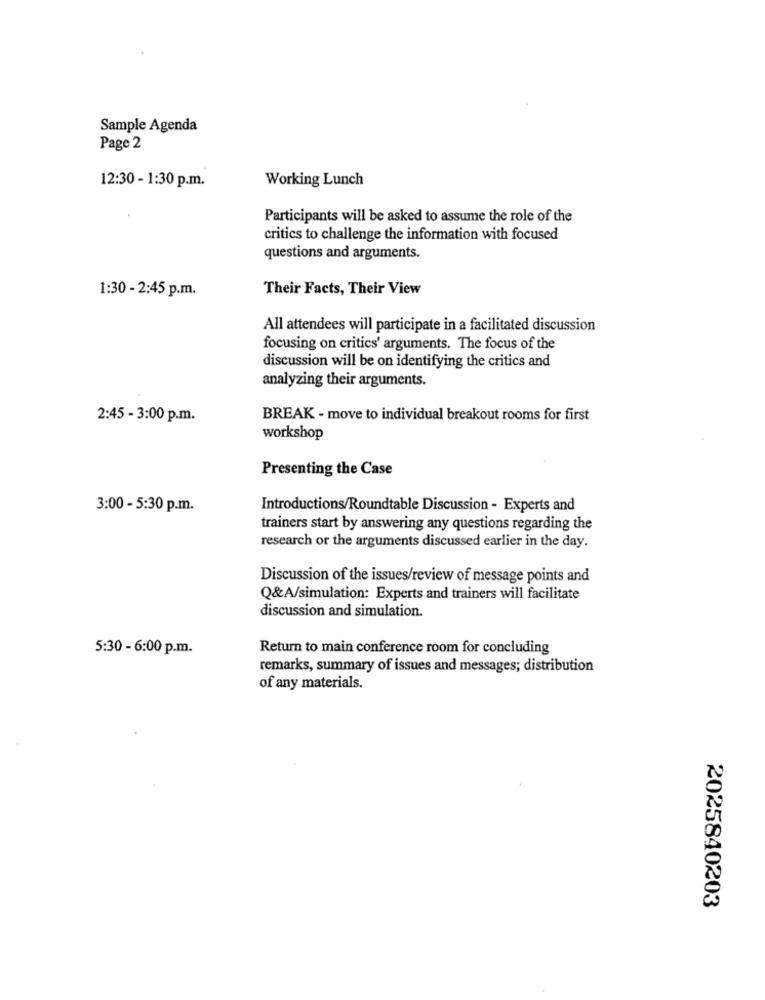
Sample Agenda
Page 2
12:30 - 1:30 p.m.
Working Lunch
Participants will be asked to assume the role of the
critics to challenge the information with focused
questions and arguments.
Their Facts, Their View
1:30 - 2:45 p.m.
All attendees will participate in a facilitated discussion
focusing on critics' arguments. The focus of the
discussion will be on identifying the critics and
analyzing their arguments.
2:45 - 3:00 p.m.
BREAK - move to individual breakout rooms for first
workshop
Presenting the Case
3:00 - 5:30 p.m.
Introductions/Roundtable Discussion - Experts and
trainers start by answering any questions regarding the
research or the arguments discussed earlier in the day.
Discussion of the issues/review of message points and
Q&A/simulation: Experts and trainers will facilitate
discussion and simulation.
5:30 - 6:00 p.m.
Return to main conference room for concluding
remarks, summary of issues and messages; distribution
of any materials.
2025840203